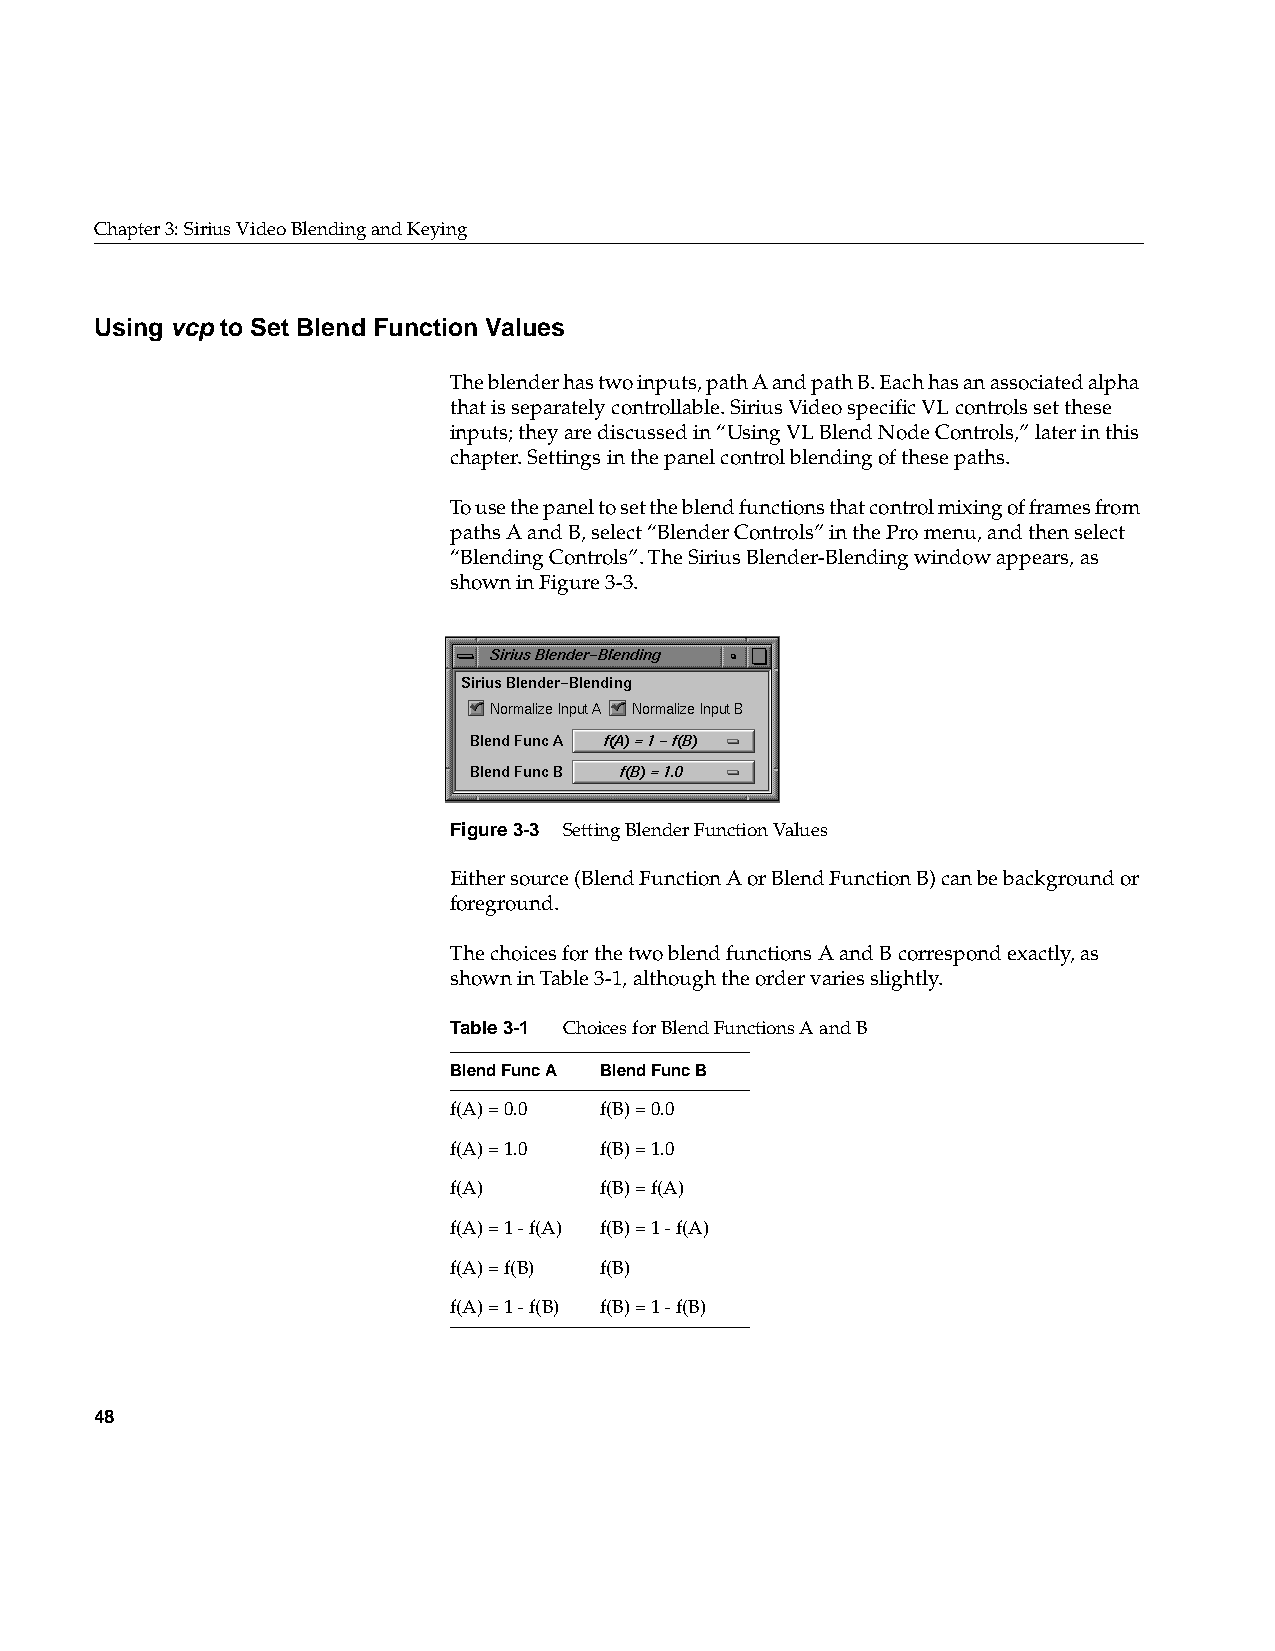
Chapter3: Sirius Video Blending and Keying
 Using vcp to Set Blend Function Values
 The blender has two inputs, path A and path B. Each has an associated alpha
 that is separately controllable. Sirius Video specific VL controls set these
 inputs; they are discussed in “Using VL Blend Node Controls,” later in this
 chapter. Settings in the panel control blending of these paths.
 To use the panel to set the blend functions that control mixing of frames from
 paths A and B, select “Blender Controls” in the Pro menu, and then select
 “Blending Controls”. The Sirius Blender-Blending window appears, as
 shown in Figure3-3.
 Figure3-3 Setting Blender Function Values
 Either source (Blend Function A or Blend Function B) can be background or
 foreground.
 The choices for the two blend functions A and B correspond exactly, as
 shown in Table3-1, although the order varies slightly.
 Table3-1 Choices for Blend Functions A and B
 Blend Func A Blend Func B
 f(A) = 0.0 f(B) = 0.0
 f(A) = 1.0 f(B) = 1.0
 f(A)      f(B) = f(A)
 f(A) = 1 - f(A) f(B) = 1 - f(A)
 f(A) = f(B) f(B)
 f(A) = 1 - f(B) f(B) = 1 - f(B)
 48